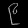
Digit: ၉